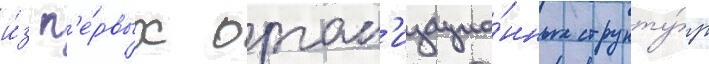
и́з п'е́рвых орган'изацио́нных структу́р